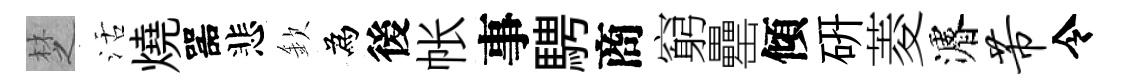
椘活燒噐悲欽為後帐事騁商窮罍傾硏菱濬芾令